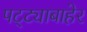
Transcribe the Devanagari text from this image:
पट्ट्याबाहेर